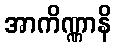
အာကိဏ္ဏာနိ